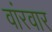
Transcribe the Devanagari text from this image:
वांरवार